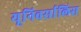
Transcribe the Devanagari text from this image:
यूनिवर्सालिस